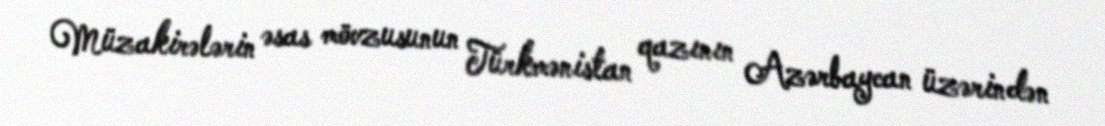
Müzakirələrin əsas mövzusunun Türkmənistan qazının Azərbaycan üzərindən